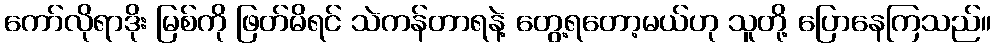
ကော်လိုရာဒိုး မြစ်ကို ဖြတ်မိရင် သဲကန်တာရနဲ့ တွေ့ရတော့မယ်ဟု သူတို့ ပြောနေကြသည်။